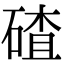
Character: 碴